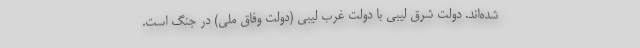
شده‌اند. دولت شرق لیبی با دولت غرب لیبی (دولت وفاق ملی) در جنگ است.